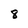
Character: 8